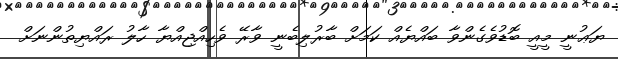
ޔަޢުނީ މީއީ ބޮޑުވެގެންވާ ބައްޔެއް ކަމަށް ބާރުލިބެނީ ވާރޭ ވެހިއްޖިއްޔާ ހާލު ރައްޔިތުންނަށް